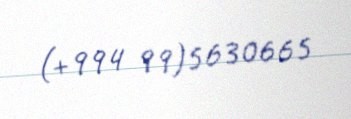
(+994 99)5630665